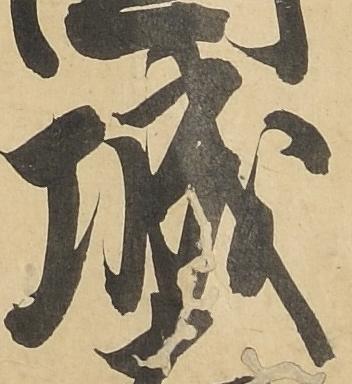
城